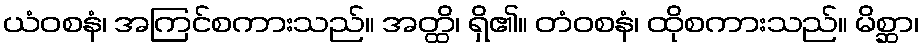
ယံဝစနံ၊ အကြင်စကားသည်။ အတ္ထိ၊ ရှိ၏။ တံဝစနံ၊ ထိုစကားသည်။ မိစ္ဆာ၊